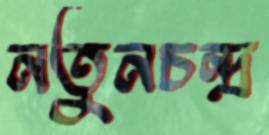
নতুনচন্দ্র